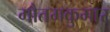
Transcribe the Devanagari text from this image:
गौतमकुमार